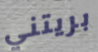
بريتني